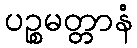
ပဉ္စမတ္တာနံ